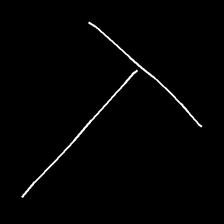
Glyph: column